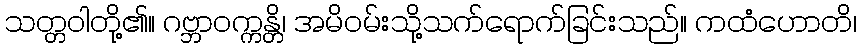
သတ္တဝါတို့၏။ ဂဗ္ဘာဝက္ကန္တိ၊ အမိဝမ်းသို့သက်ရောက်ခြင်းသည်။ ကထံဟောတိ၊